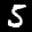
Label: 5